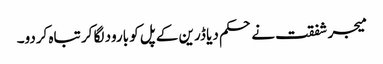
میجر شفقت نے حکم دیا ڈرین کے پل کو بارود لگا کر تباہ کردو۔